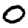
Digit: 0